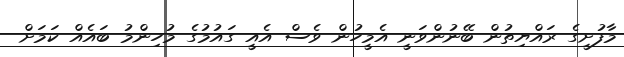
މާފުށީގެ ރައްޔިތުން ބޭނުންވަނީ އެމީހުން ވެސް އެއީ ގައުމުގެ މުހިންމު ބައެއް ކަމަށް